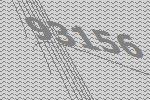
93156